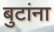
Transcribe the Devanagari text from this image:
बुटांना